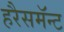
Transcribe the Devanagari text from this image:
हरैसमॅन्ट